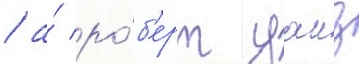
/ а́ ро́б'ерт уаиз